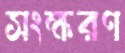
সংক্ষরণ